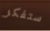
ستفكر